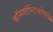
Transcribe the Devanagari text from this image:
काॅनस्टॅन्टिनोपल